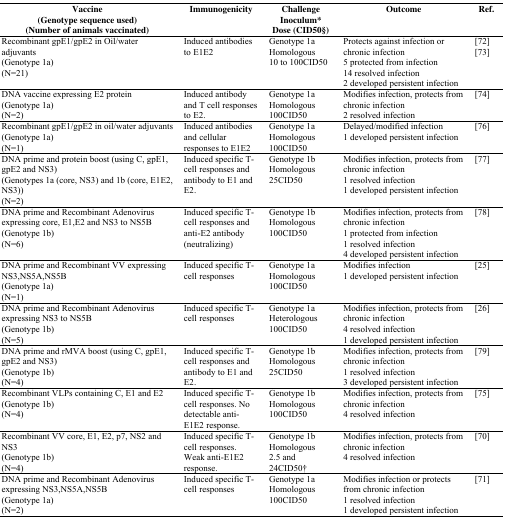
<table><thead><tr><td><b>Vaccine(Genotype sequence used)(Number of animals vaccinated)</b></td><td><b>Immunogenicity</b></td><td><b>ChallengeInoculum*Dose (CID50§)</b></td><td><b>Outcome</b></td><td><b>Ref.</b></td></tr></thead><tbody><tr><td>Recombinant gpE1/gpE2 in Oil/water adjuvants(Genotype 1a)(N=21)</td><td>Induced antibodies to E1E2</td><td>Genotype 1aHomologous10 to 100CID50</td><td>Protects against infection or chronic infection5 protected from infection14 resolved infection2 developed persistent infection</td><td>[72][73]</td></tr><tr><td>DNA vaccine expressing E2 protein(Genotype 1a)(N=2)</td><td>Induced antibody and T cell responses to E2.</td><td>Genotype 1aHomologous100CID50</td><td>Modifies infection, protects from chronic infection2 resolved infection</td><td>[74]</td></tr><tr><td>Recombinant gpE1/gpE2 in oil/water adjuvants(Genotype 1a)(N=1)</td><td>Induced antibodies and cellular responses to E1E2</td><td>Genotype 1aHomologous100CID50</td><td>Delayed/modified infection1 developed persistent infection</td><td>[76]</td></tr><tr><td>DNA prime and protein boost (using C, gpE1, gpE2 and NS3)(Genotypes 1a (core, NS3) and 1b (core, E1E2, NS3))(N=2)</td><td>Induced specific T-cell responses and antibody to E1 and E2.</td><td>Genotype 1bHomologous25CID50</td><td>Modifies infection, protects from chronic infection1 resolved infection1 developed persistent infection</td><td>[77]</td></tr><tr><td>DNA prime and Recombinant Adenovirus expressing core, E1,E2 and NS3 to NS5B(Genotype 1b)(N=6)</td><td>Induced specific T-cell responses and anti-E2 antibody (neutralizing)</td><td>Genotype 1bHomologous100CID50</td><td>Modifies infection, protects from chronic infection1 protected from infection1 resolved infection4 developed persistent infection</td><td>[78]</td></tr><tr><td>DNA prime and Recombinant VV expressing NS3,NS5A,NS5B(Genotype 1a)(N=1)</td><td>Induced specific T-cell responses</td><td>Genotype 1aHomologous100CID50</td><td>Modifies infection1 developed persistent infection</td><td>[25]</td></tr><tr><td>DNA prime and Recombinant Adenovirus expressing NS3 to NS5B(Genotype 1b)(N=5)</td><td>Induced specific T-cell responses</td><td>Genotype 1aHeterologous100CID50</td><td>Modifies infection, protects from chronic infection4 resolved infection1 developed persistent infection</td><td>[26]</td></tr><tr><td>DNA prime and rMVA boost (using C, gpE1, gpE2 and NS3)(Genotype 1b)(N=4)</td><td>Induced specific T-cell responses and antibody to E1 and E2.</td><td>Genotype 1bHomologous25CID50</td><td>Modifies infection, protects from chronic infection1 resolved infection3 developed persistent infection</td><td>[79]</td></tr><tr><td>Recombinant VLPs containing C, E1 and E2(Genotype 1b)(N=4)</td><td>Induced specific T-cell responses. No detectable anti-E1E2 response.</td><td>Genotype 1bHomologous100CID50</td><td>Modifies infection, protects from chronic infection4 resolved infection</td><td>[75]</td></tr><tr><td>Recombinant VV core, E1, E2, p7, NS2 and NS3(Genotype 1b)(N=4)</td><td>Induced specific T-cell responses. Weak anti-E1E2 response.</td><td>Genotype 1bHomologous2.5 and 24CID50†</td><td>Modifies infection, protects from chronic infection4 resolved infection</td><td>[70]</td></tr><tr><td>DNA prime and Recombinant Adenovirus expressing NS3,NS5A,NS5B(Genotype 1a)(N=2)</td><td>Induced specific T-cell responses</td><td>Genotype 1aHomologous100CID50</td><td>Modifies infection or protects from chronic infection1 resolved infection1 developed persistent infection</td><td>[71]</td></tr></tbody></table>